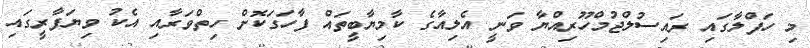
މި ހަފްލާގައި ރައިސުލްޖުމްހޫރިއްޔާ ވަނީ އެލިއާގެ ކާމިޔާބީތައް ފާހަގަކޮށް ހިތްވަރާއި އެކު ވިޔަފާރީގައި